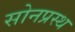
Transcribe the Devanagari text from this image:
सोनप्रस्थ